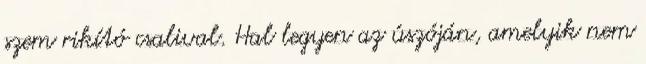
szem rikító csalival. Hal legyen az úszóján, amelyik nem